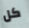
كل